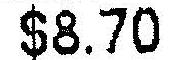
$8.70